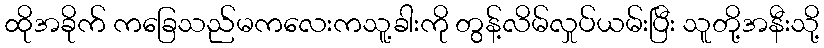
ထိုအခိုက် ကခြေသည်မကလေးကသူ့ခါးကို တွန့်လိမ်လှုပ်ယမ်းပြီး သူတို့အနီးသို့